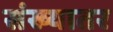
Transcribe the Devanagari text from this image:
संख्यातर